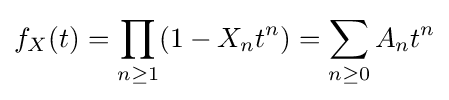
f_{X}(t)=\prod _{n\geq 1}(1-X_{n}t^{n})=\sum _{n\geq 0}A_{n}t^{n}